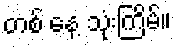
တစ် နေ့ သုံးကြိမ်။